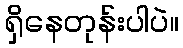
ရှိနေတုန်းပါပဲ။